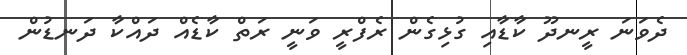
ދެވަނަ ރީނދޫ ކާޑާއި ގުޅިގެން ރެފްރީ ވަނީ ރަތް ކާޑެއް ދައްކާ ދަނޑުން